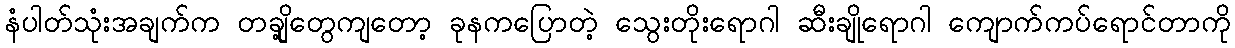
နံပါတ်သုံးအချက်က တချို့တွေကျတော့ ခုနကပြောတဲ့ သွေးတိုးရောဂါ ဆီးချိုရောဂါ ကျောက်ကပ်ရောင်တာကို